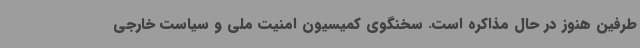
طرفین هنوز در حال مذاکره است. سخنگوی کمیسیون امنیت ملی و سیاست خارجی